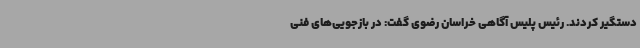
دستگیر کردند. رئیس پلیس آگاهی خراسان رضوی گفت: در بازجویی‌های فنی